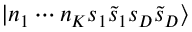
| n _ { 1 } \cdots n _ { K } s _ { 1 } \tilde { s } _ { 1 } s _ { D } \tilde { s } _ { D } \rangle